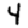
Digit: 4